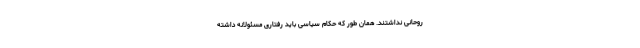
روحانی نداشتند. همان طور که حکام سیاسی باید رفتاری مسئولانه داشته